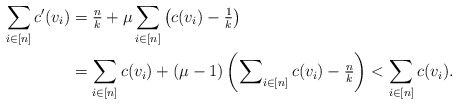
\begin{align*}\sum_{i\in[n]}c'(v_i)&= \tfrac{n}{k} + \mu \sum_{i\in[n]} \left(c(v_i) - \tfrac{1}{k}\right)\\&= \sum_{i \in [n]} c(v_i) + (\mu - 1) \left( \sum\nolimits_{i\in[n]} c(v_i) - \tfrac{n}{k} \right) < \sum_{i \in [n]} c(v_i).\end{align*}